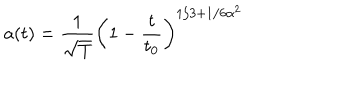
a ( t ) = \frac { 1 } { \sqrt T } \left( 1 - \frac { t } { t _ { 0 } } \right) ^ { 1 / 3 + 1 / 6 \alpha ^ { 2 } }